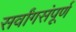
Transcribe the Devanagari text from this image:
सर्वांगसंपूर्ण